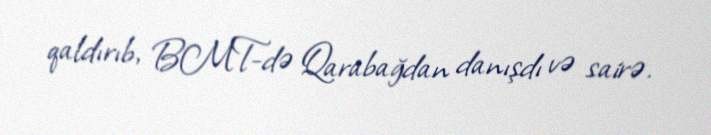
qaldırıb, BMT-də Qarabağdan danışdı və sairə.